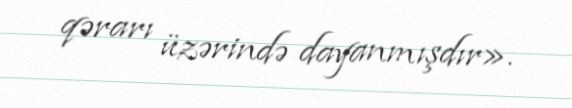
qərarı üzərində dayanmışdır».